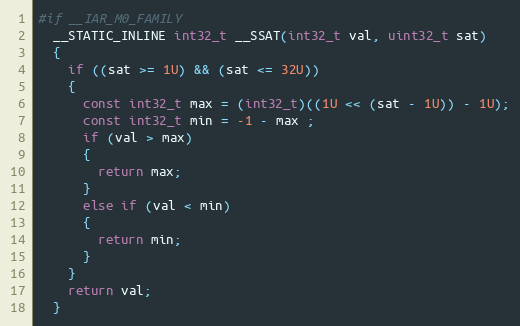
Language: C
#if __IAR_M0_FAMILY
  __STATIC_INLINE int32_t __SSAT(int32_t val, uint32_t sat)
  {
    if ((sat >= 1U) && (sat <= 32U))
    {
      const int32_t max = (int32_t)((1U << (sat - 1U)) - 1U);
      const int32_t min = -1 - max ;
      if (val > max)
      {
        return max;
      }
      else if (val < min)
      {
        return min;
      }
    }
    return val;
  }